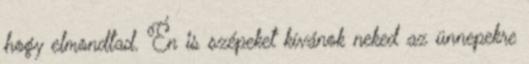
hogy elmondtad. Én is szépeket kívánok neked az ünnepekre